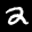
Label: 2